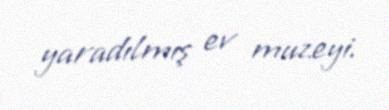
yaradılmış ev muzeyi.